Lunatic asylums Madras 1892-1911 - 1892-1911
Year: 1892
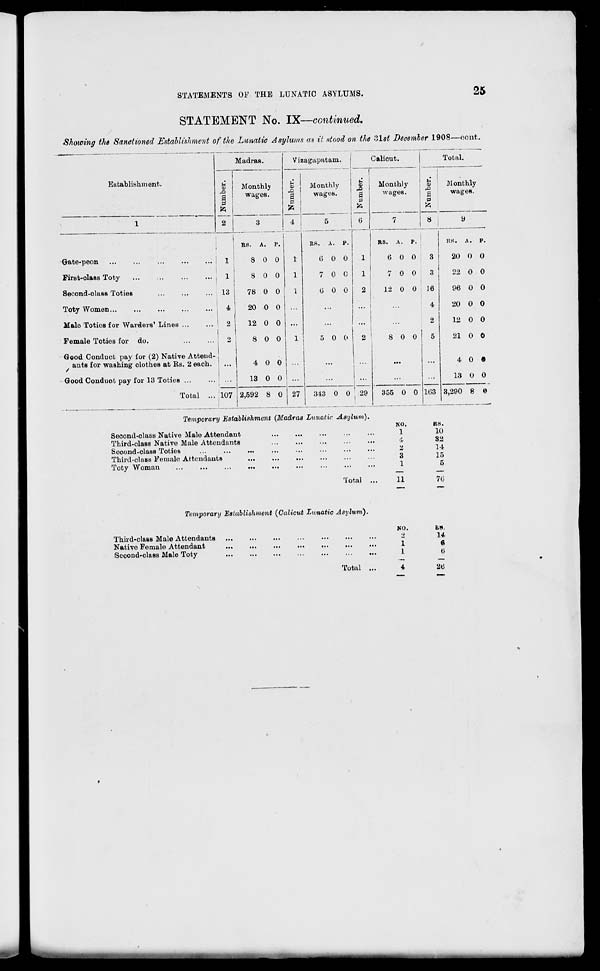
STATEMENTS OF THE LUNATIC ASYLUMS.
25
STATEMENT No. IX—continued.
Showing the Sanctioned Establishment of the Lunatic Asylums as it stood on the list December 1908—cent.
Madras.
Vizagapatam.
Calicut.
Total.
Establishment.
M
Monthly
Q
Monthly
Monthly
Monthly
2
wages.
a !
* 1
4
wages.
a
0
wages.
1 wages.
1
3
5
7
8
9
i
1
ES. A. P.
RS. A. P.
RS. A. P.
RS. A. P.
Gate-peon
I 1
8 0 0
1
6 0 0
1
6 0 0
3
20 0 0
First-olass Toty
...
...
1
8 0 0
1
7 0 0
1
7 0 0
3
22 0 0
Second-olass Toties
... 13
78 0 0
1
GOO
2
12 0 0 16
96 0 0
Toty Women
4
20 0 0
...
...
...
4
20 0 0
Male Toties for Warders' Lines
| 2
12 0 0 ...
...
...
2
12 0 0
Female Toties for do.
...
...
2
8 0 0
1
5 0 0
2
8 0 0
5
21 0 0
Good Conduct pay for (2) Native Attend- ;
ants for washing clothes at Ks. 2 each. : ...
4 0 0
...
...
4 0*
Good Conduot pay for 13 Toties
Total ...
13 0 0 ...
27
...
s •"
...
103
13 0 0
107 2,592 8 0
343 0 0 ; 29
355 0 0
3,290 8 ©
Temporary Establishment (Madras Lunatic Asylum).
Seoond-class Native Male Attendant
Third-clase Native Male Attendants
Seoond-class Toties
Third-class Female Attendants
Toty Woman
NO.
ES.
1
10
4
32
2
14
3
15
1
5
Total
11
70
Temporary 'Establishment (Calicut Lunatic Asylum).
Third-clasB Male Attendants
Native Female Attendant
Second-class Male Toty
NO.
1
1
E».
14,
ft
6
Total
26